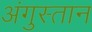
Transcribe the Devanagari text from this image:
अंगुस्तान